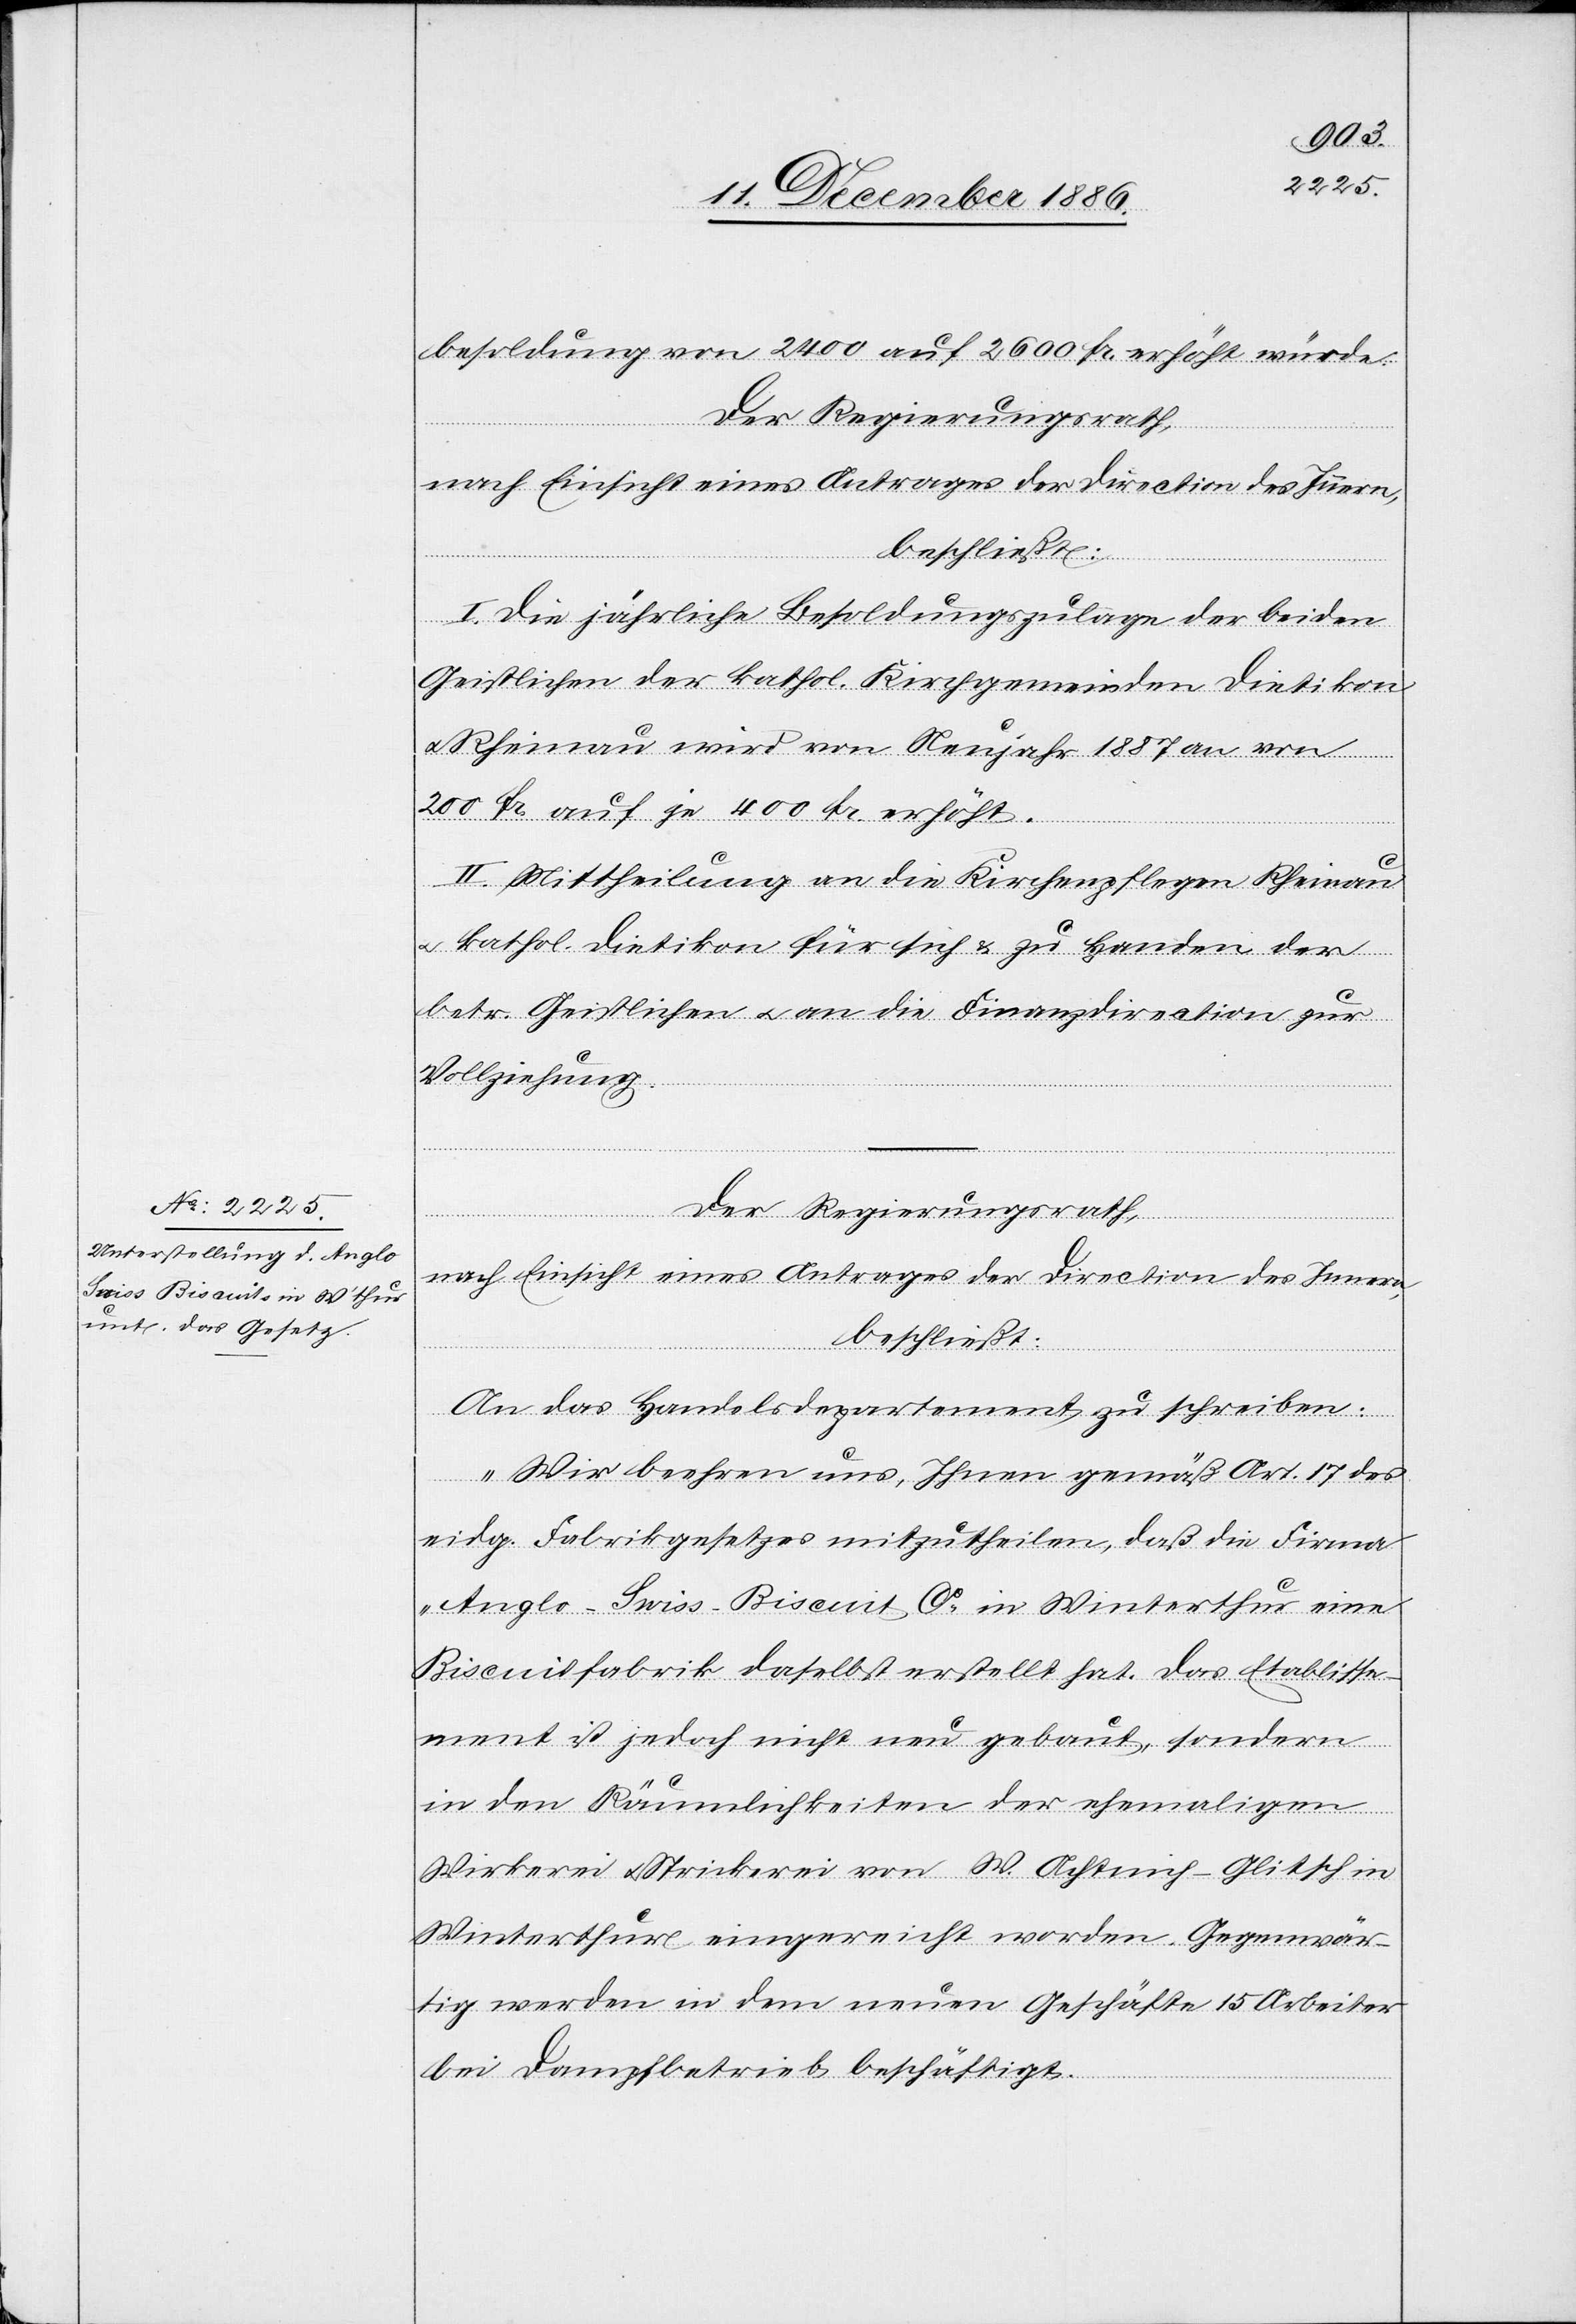
besoldung von 2400 auf 2600 Fr. erhöht würde.
Der Regierungsrath,
nach Einsicht eines Antrages der Direction des Innern,
beschließt:
I. Die jährliche Besoldungszulage der beiden
Geistlichen der kathol. Kirchgemeinden Dietikon
Rheinau wird von Neujahr 1887 an von
200 Fr. auf je 400 Fr. erhöht.
II. Mittheilung an die Kirchenpflegen Rheinau
kathol. Dietikon für sich & zu Handen der
betr. Geistlichen & an die Finanzdirection zur
Vollziehung.
Der Regierungsrath,
An das Handelsdepartement zu schreiben:
„Wir beehren uns, Ihnen gemäß Art. 17 des
eidg. Fabrikgesetzes mitzutheilen, daß die Firma
„Anglo-Swiss-Biscuit Co“ in Winterthur eine
Biscuitfabrik daselbst erstellt hat. Das Etablisse¬
ment ist jedoch nicht neu gebaut, sondern
in den Räumlichkeiten der ehemaligen
Wirkerei & Stickerei von W. Achtnich-Glitsch in
Winterthur eingereicht worden. Gegenwär¬
tig werden in dem neuen Geschäfte 15 Arbeiter
bei Dampfbetrieb beschäftigt.